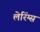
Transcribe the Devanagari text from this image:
लेरिंग्स